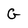
Character: G